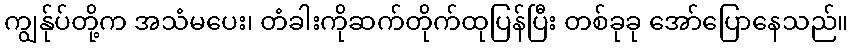
ကျွန်ုပ်တို့က အသံမပေး၊ တံခါးကိုဆက်တိုက်ထုပြန်ပြီး တစ်ခုခု အော်ပြောနေသည်။